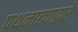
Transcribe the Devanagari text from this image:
पथनाट्याद्वारे